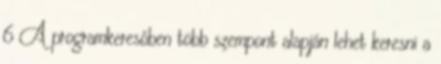
6 A programkeresőben több szempont alapján lehet keresni a